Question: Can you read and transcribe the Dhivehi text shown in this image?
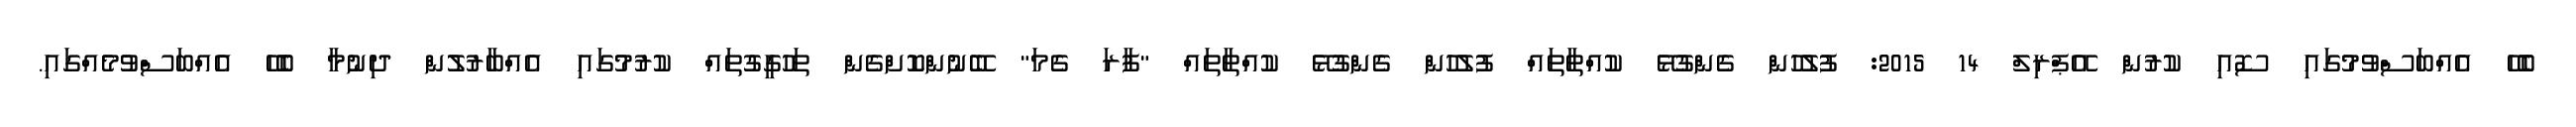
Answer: ބެހޭ އެއްބަސްވުމުގައި ސޮއި ކުރުން އޭޕްރިލް 14 2015: ފުލުހުން ގެންގުޅޭ ކުއްތާތައް ފުލުހުން ގެންގުޅޭ ކުއްތާތައް "ފާރަ ގެމަ" ބޭނުންކޮށްގެން ތަހުގީގުތައް ކުރުމުގައި އެއްބާރުލުން ދިނުމާ ބެހޭ އެއްބަސްވުމެއްގައި.